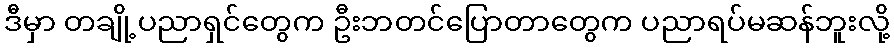
ဒီမှာ တချို့ပညာရှင်တွေက ဦးဘတင်ပြောတာတွေက ပညာရပ်မဆန်ဘူးလို့